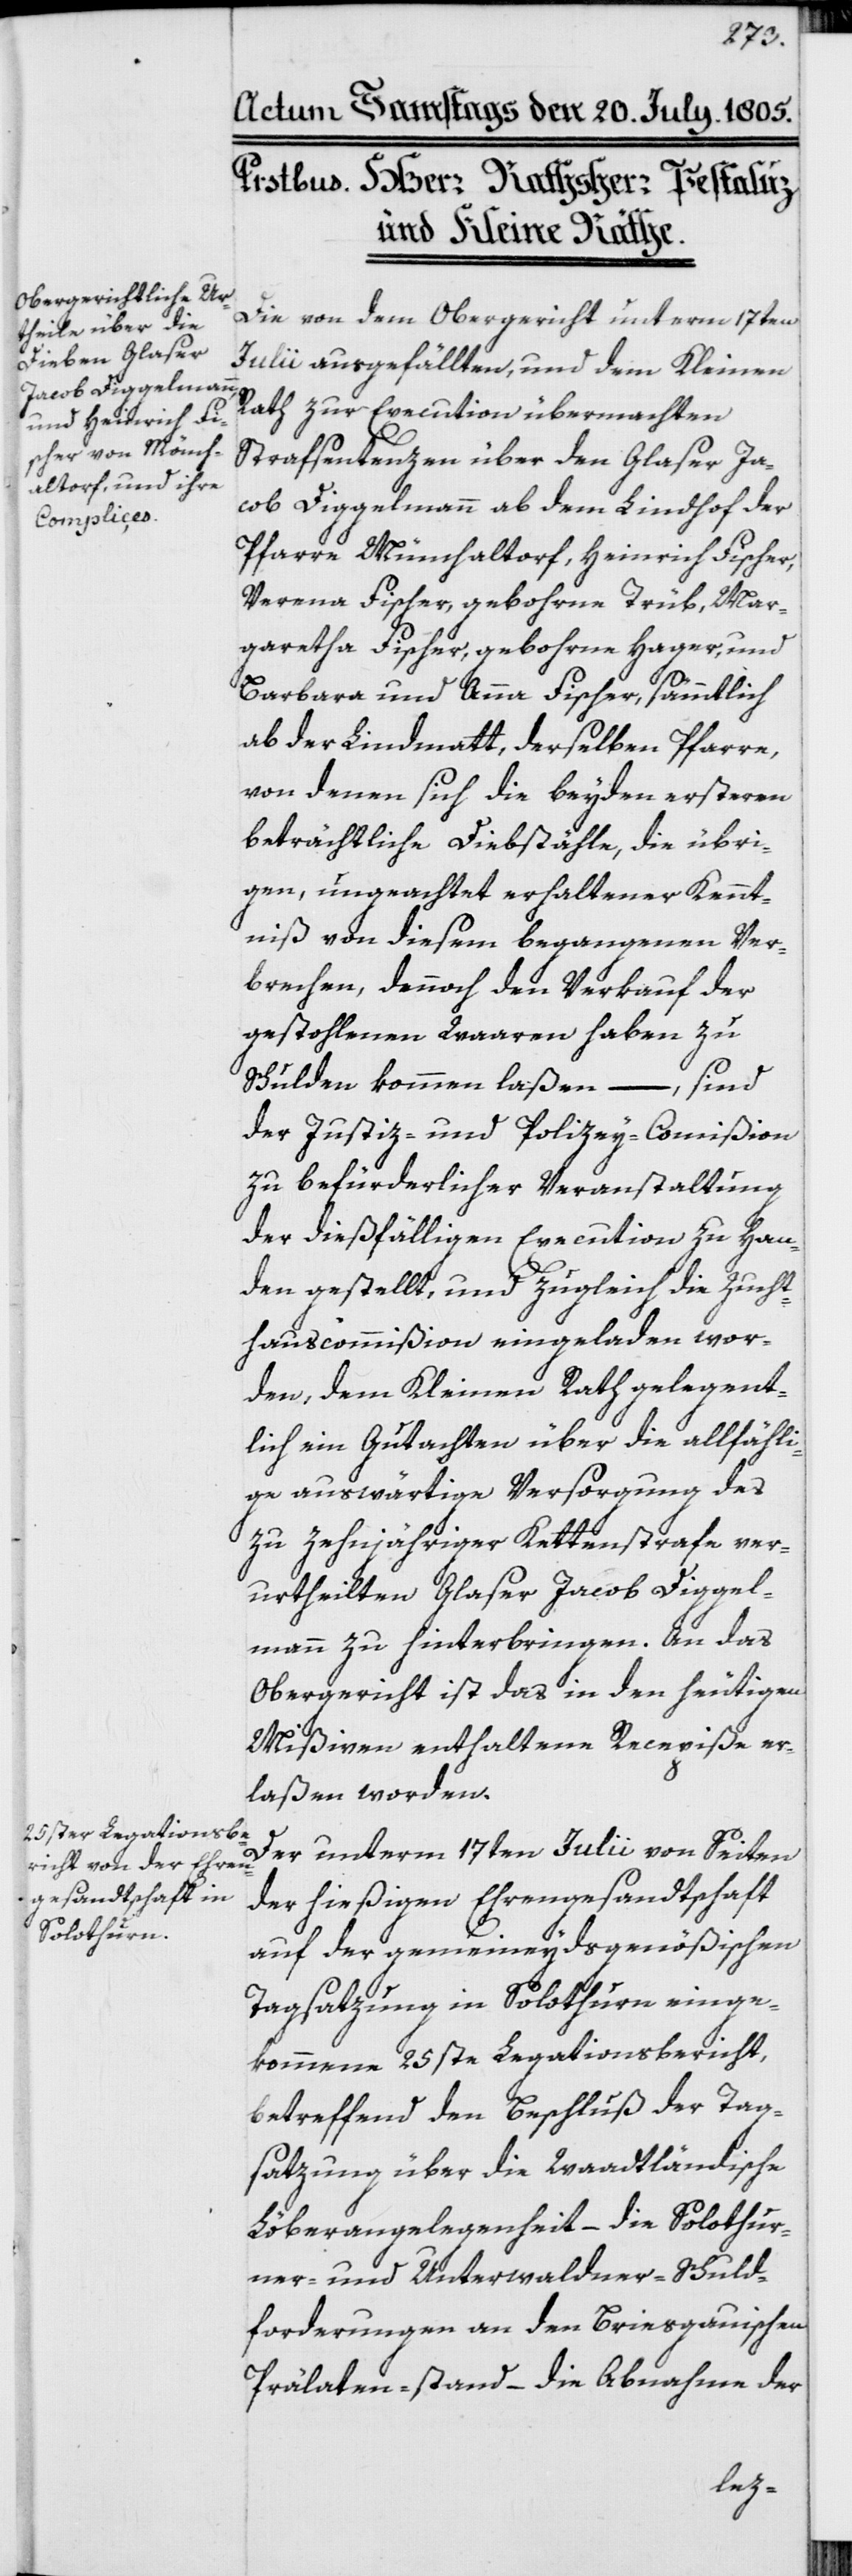
Die von dem Obergericht unterm 17ten
Julii ausgefällten, und dem Kleinen
Rath zur Execution übermachten
Strafsentenzen über den Glaser Ja¬
cob Diggelmann ab dem Lindhof der
Pfarre Münchaltorf, Heinrich Fischer,
Verena Fischer, gebohrne Trüb, Mar¬
garetha Fischer, gebohrne Hager, und
Barbara und Anna Fischer, sämmtlich
ab der Lindmatt, derselben Pfarre,
von denen sich die beyden ersteren
beträchtliche Diebstähle, die übri¬
gen, ungeachtet erhaltener Kennt¬
niß von diesem begangenen Ver¬
brechen, dennoch den Verkauf der
gestohlenen Waaren haben zu
Schulden kommen laßen –, sind
der Justiz- und Polizey-Commißion
zu befürderlicher Veranstaltung
der dießfälligen Execution zu Han¬
den gestellt, und zugleich die Zucht¬
hauscommißion eingeladen wor¬
den, dem Kleinen Rath gelegent¬
lich ein Gutachten über die allfähli¬
ge auswärtige Versorgung des
zu zehnjähriger Kettenstrafe ver¬
urtheilten Glaser Jacob Diggel¬
mann zu hinterbringen. An das
Obergericht ist das in den heutigen
Mißiven enthaltene Recepiße er¬
laßen worden.
Der unterm 17ten Julii von Seiten
der hießigen Ehrengesandtschaft
auf der gemeineydsgenößischen
Tagsatzung in Solothurn einge¬
kommene 25ste Legationsbericht,
betreffend den Beschluß der Tag¬
satzung über die Waadtländische
Löberangelegenheit – die Solothur¬
ner- und Unterwaldner-Schuld¬
forderungen an den Briesgauischen
Prälaten-stand – die Abnahme der